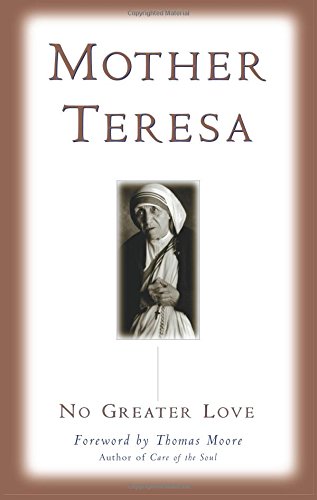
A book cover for No Greater Love; Mother Teresa; Christian Books & Bibles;